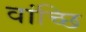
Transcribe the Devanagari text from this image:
वांच्छि